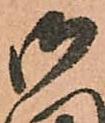
御